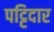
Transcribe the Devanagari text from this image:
पट्टिदार